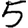
Digit: 5